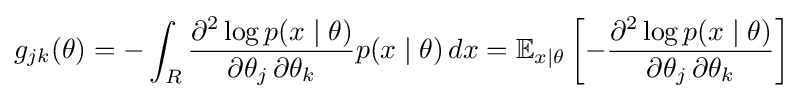
g_{jk}(\theta )=-\int _{R}{\frac {\partial ^{2}\log p(x\mid \theta )}{\partial \theta _{j}\,\partial \theta _{k}}}p(x\mid \theta )\,dx=\mathbb {E} _{x|\theta }\left[-{\frac {\partial ^{2}\log p(x\mid \theta )}{\partial \theta _{j}\,\partial \theta _{k}}}\right]